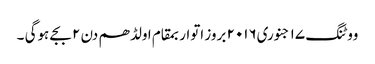
ووٹنگ ١٧ جنوری٢٠١٦ بروز اتواربمقام اولڈھم دن ٢ بجے ہوگی ۔